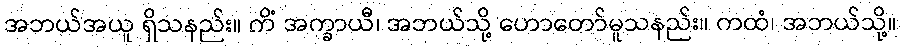
အဘယ်အယူ ရှိသနည်း။ ကိံ အက္ခာယီ၊ အဘယ်သို့ ဟောတော်မူသနည်း။ ကထံ၊ အဘယ်သို့။